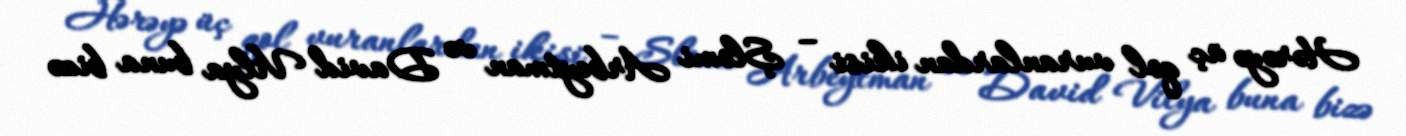
Hərəyə üç qol vuranlardan ikisi – Şlomi Arbeytman və David Vilya buna bizə